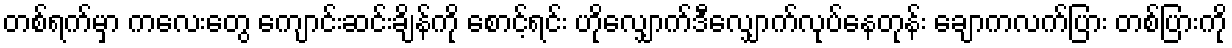
တစ်ရက်မှာ ကလေးတွေ ကျောင်းဆင်းချိန်ကို စောင့်ရင်း ဟိုလျှောက်ဒီလျှောက်လုပ်နေတုန်း ချောကလက်ပြား တစ်ပြားကို